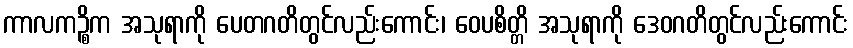
ကာလကဉ္စိက အသုရာကို ပေတဂတိတွင်လည်းကောင်း၊ ဝေပစိတ္တိ အသုရာကို ဒေဝဂတိတွင်လည်းကောင်း